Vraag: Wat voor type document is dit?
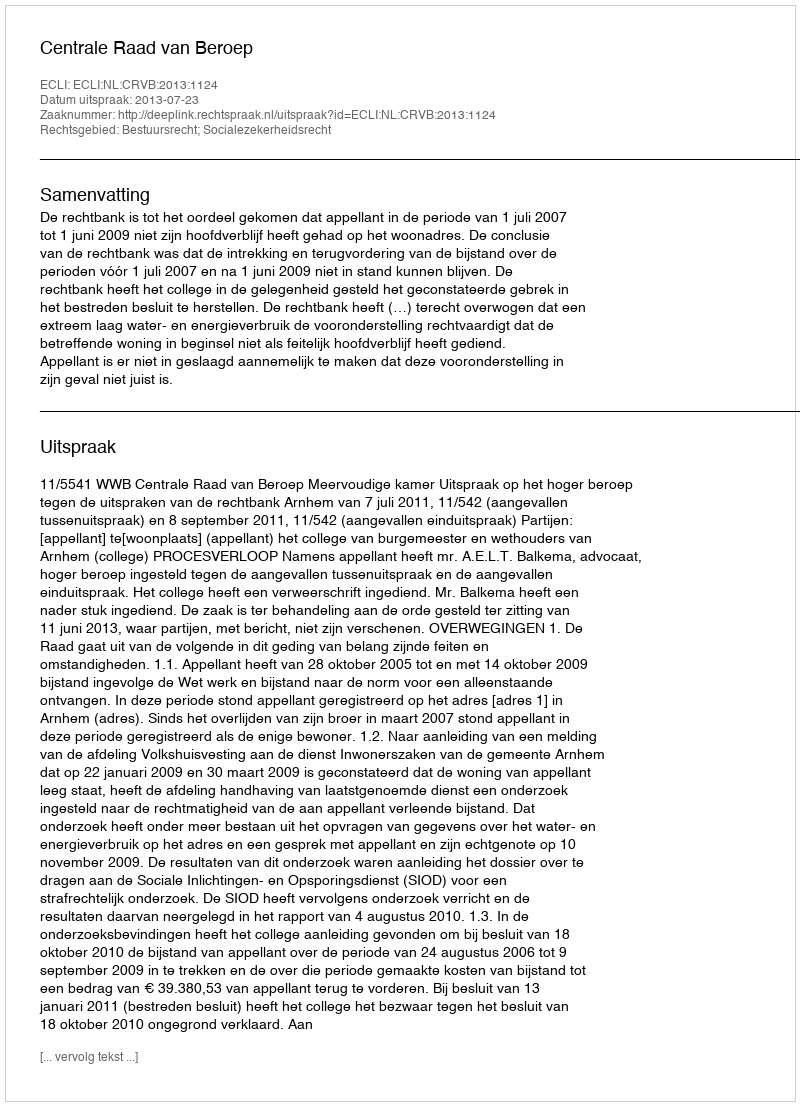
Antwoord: Uitspraak